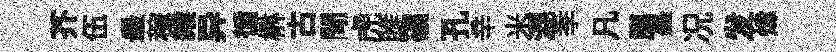
芥伍最稼緱异循楙古閜虎雎礦孔辛米混季凡臈墨况发煒